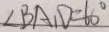
\angle B A D = 6 0 ^ { \circ }